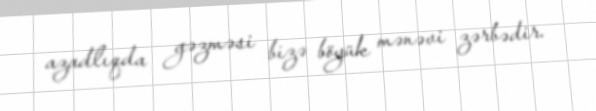
azadlıqda gəzməsi bizə böyük mənəvi zərbədir.